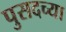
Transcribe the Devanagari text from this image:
पुसदच्या